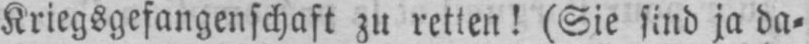
Kriegsgefangenschaft zu retten! (Sie sind ja da⸗